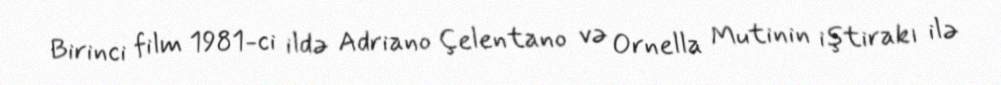
Birinci film 1981-ci ildə Adriano Çelentano və Ornella Mutinin iştirakı ilə